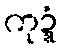
ကုဍ္ဍံ